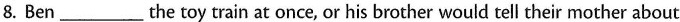
8. Ben___the toy train at once, or his brother would tell their mother about